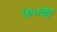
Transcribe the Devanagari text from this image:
७०वा